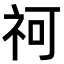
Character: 𥘫